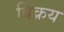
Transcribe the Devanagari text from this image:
विक्रय